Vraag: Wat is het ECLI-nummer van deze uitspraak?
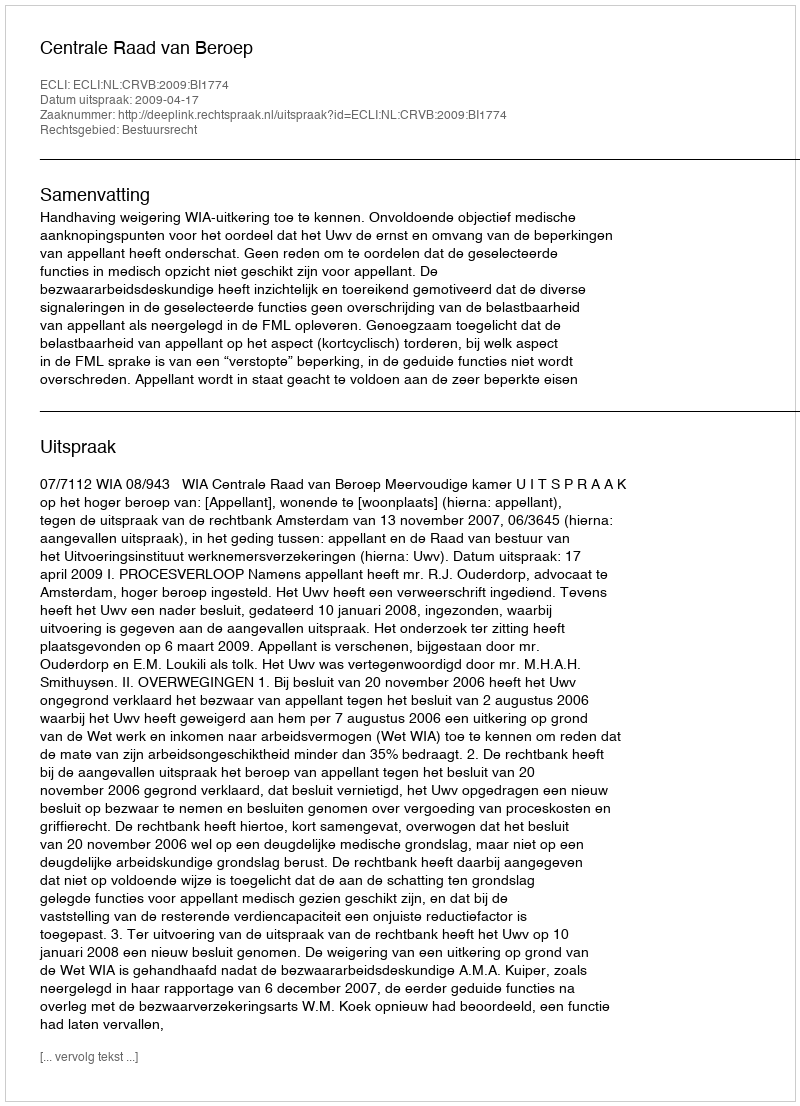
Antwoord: ECLI:NL:CRVB:2009:BI1774